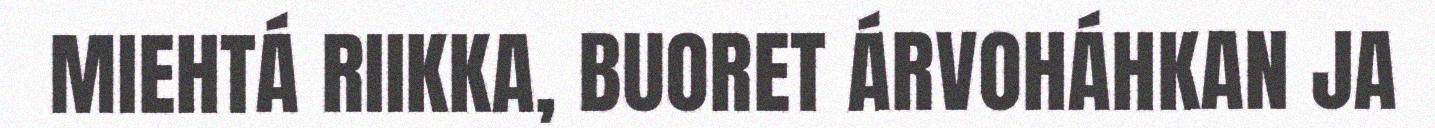
MIEHTÁ RIIKKA, BUORET ÁRVOHÁHKAN JA